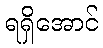
ရရှိအောင်